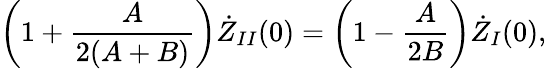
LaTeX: \left(1+\frac{A}{2(A+B)}\right)\dot{Z}_{II}(0)=\left(1-\frac{A}{2B}\right)\dot{Z}_{I}(0),